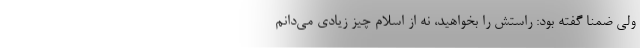
ولی ضمنا گفته بود: راستش را بخواهید، نه از اسلام چیز زیادی می‌دانم